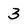
Character: 3